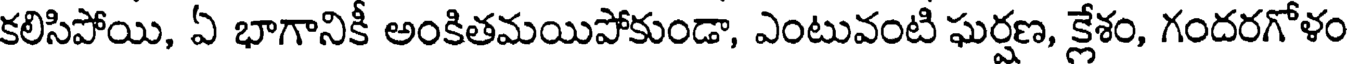
కలిసిపోయి, ఏ భాగానికీ అంకితమయిపోకుండా, ఎంటువంటి ఘర్షణ, క్లేశం, గందరగోళం